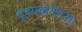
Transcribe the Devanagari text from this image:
दृश्यकलेच्या